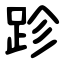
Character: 跈